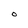
Character: O